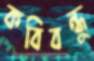
কবিবন্ধু